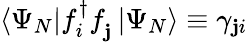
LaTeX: \langle\Psi_{N}|f_{i}^{\dagger}f_{\mathbf{j}}^{\phantom{\dagger}}|\Psi_{N}\rangle\equiv\gamma_{\mathbf{j}i}